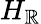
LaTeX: H_{\mathbb{R}}